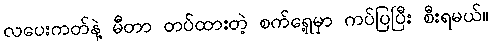
လပေးကတ်နဲ့ မီတာ တပ်ထားတဲ့ စက်ရှေ့မှာ ကပ်ပြပြီး စီးရမယ်။